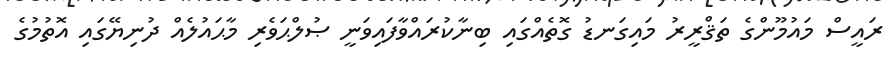
ރައީސް މައުމޫންގެ ތަޤްރީރު މައިގަނޑު ގޮތެއްގައި ބިނާކުރައްވާފައިވަނީ ޞުލްޙަވެރި މާޙައުލެއް ދުނިޔޭގައި އޮތުމުގެ